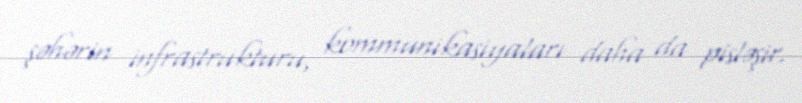
şəhərin infrastrukturu, kommunikasiyaları daha da pisləşir.